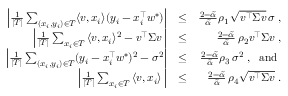
\begin{array} { r l r } { \Big | \frac { 1 } { | T | } \sum _ { ( x _ { i } , y _ { i } ) \in T } \langle v , x _ { i } \rangle ( y _ { i } - x _ { i } ^ { \top } w ^ { * } ) \Big | } & { \leq } & { \frac { 2 - \tilde { \alpha } } { \tilde { \alpha } } \rho _ { 1 } \, \sqrt { v ^ { \top } \Sigma v } \, \sigma \; , } \\ { \left| \frac { 1 } { | T | } \sum _ { x _ { i } \in T } \, \langle v , x _ { i } \rangle ^ { 2 } - v ^ { \top } \Sigma v \, \right| } & { \leq } & { \frac { 2 - \tilde { \alpha } } { \tilde { \alpha } } \, \rho _ { 2 } v ^ { \top } \Sigma v \; , } \\ { \Big | \frac { 1 } { | T | } \sum _ { ( x _ { i } , y _ { i } ) \in T } ( y _ { i } - x _ { i } ^ { \top } w ^ { * } ) ^ { 2 } - \sigma ^ { 2 } \Big | } & { \leq } & { \frac { 2 - \tilde { \alpha } } { \tilde { \alpha } } \rho _ { 3 } \, \sigma ^ { 2 } \; , \; \mathrm { ~ a n d ~ } } \\ { \left| \frac { 1 } { | T | } \sum _ { x _ { i } \in T } \, \langle v , x _ { i } \rangle \, \right| } & { \leq } & { \frac { 2 - \tilde { \alpha } } { \tilde { \alpha } } \, \rho _ { 4 } \sqrt { v ^ { \top } \Sigma v } \; . } \end{array}